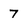
Character: 7